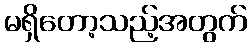
မရှိတော့သည့်အတွက်